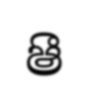
ෂී